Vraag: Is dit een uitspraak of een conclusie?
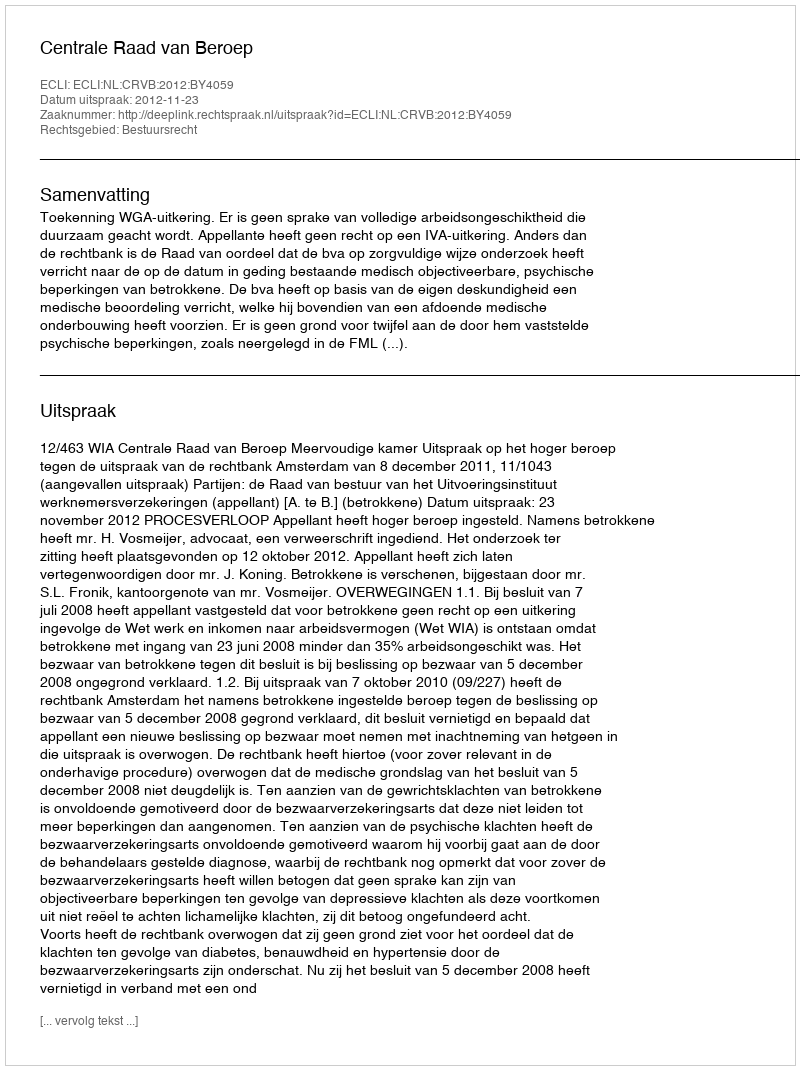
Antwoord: Uitspraak